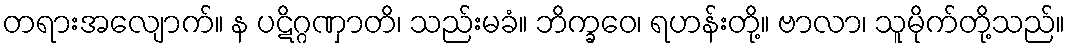
တရားအလျောက်။ န ပဋိဂ္ဂဏှာတိ၊ သည်းမခံ။ ဘိက္ခဝေ၊ ရဟန်းတို့။ ဗာလာ၊ သူမိုက်တို့သည်။